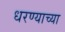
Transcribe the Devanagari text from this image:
धरण्याच्या